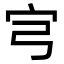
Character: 宆